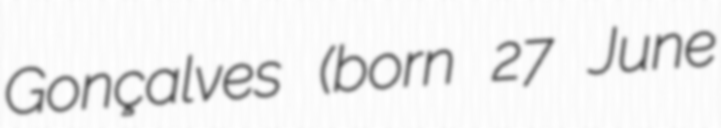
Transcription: Gonçalves (born 27 June